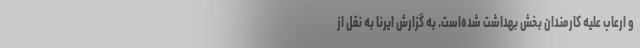
و ارعاب علیه کارمندان بخش بهداشت شده‌است. به گزارش ایرنا به نقل از